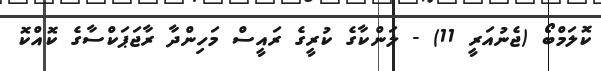
ކޮލަމްބޯ (ޖެނުއަރީ 11) - ލަންކާގެ ކުރީގެ ރައީސް މަހިންދާ ރާޖަޕަކްސާގެ ކޮއްކޮ